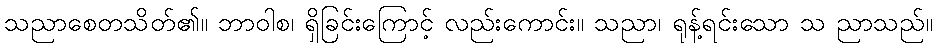
သညာစေတသိတ်၏။ ဘာဝါစ၊ ရှိခြင်းကြောင့် လည်းကောင်း။ သညာ၊ ရုန့်ရင်းသော သ ညာသည်။